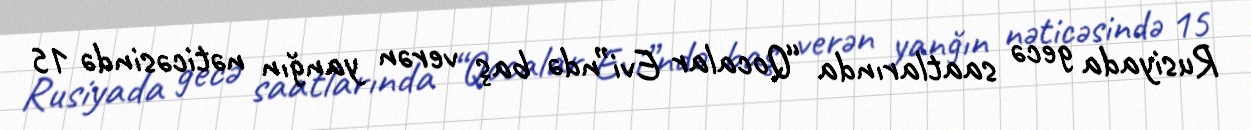
Rusiyada gecə saatlarında “Qocalar Evi”ndə baş verən yanğın nəticəsində 15